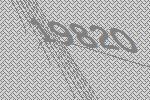
19820